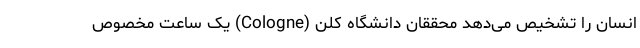
انسان را تشخیص می‌دهد محققان دانشگاه کلن (Cologne) یک ساعت مخصوص